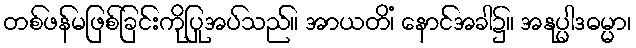
တစ်ဖန်မဖြစ်ခြင်းကိုပြုအပ်သည်။ အာယတိံ၊ နောင်အခါ၌။ အနုပ္ပါဒဓမ္မာ၊